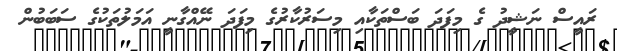
ރައީސް ނަޝީދު ގެ މިފަދަ ބަސްތަކާއި މިސަރުކާރުގެ މިފަދަ ނޭއްގާނީ އަމަލުތަކުގެ ސަބަބުން